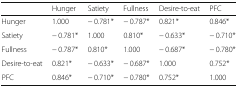
<table><thead><tr><td></td><td><b>Hunger</b></td><td><b>Satiety</b></td><td><b>Fullness</b></td><td><b>Desire-to-eat</b></td><td><b>PFC</b></td></tr></thead><tbody><tr><td>Hunger</td><td>1.000</td><td>− 0.781*</td><td>− 0.787*</td><td>0.821*</td><td>0.846*</td></tr><tr><td>Satiety</td><td>− 0.781*</td><td>1.000</td><td>0.810*</td><td>− 0.633*</td><td>− 0.710*</td></tr><tr><td>Fullness</td><td>− 0.787*</td><td>0.810*</td><td>1.000</td><td>− 0.687*</td><td>− 0.780*</td></tr><tr><td>Desire-to-eat</td><td>0.821*</td><td>− 0.633*</td><td>− 0.687*</td><td>1.000</td><td>0.752*</td></tr><tr><td>PFC</td><td>0.846*</td><td>− 0.710*</td><td>− 0.780*</td><td>0.752*</td><td>1.000</td></tr></tbody></table>